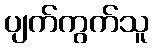
ပျက်ကွက်သူ